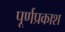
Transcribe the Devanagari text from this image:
पूर्णप्रकाश